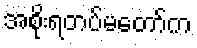
အစိုးရတပ်မတော်က